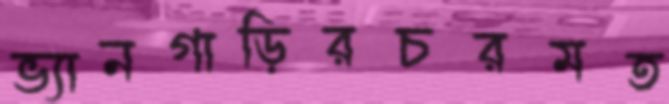
ভ্যানগাড়িরচরমত